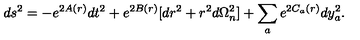
d s ^ { 2 } = - e ^ { 2 A ( r ) } d t ^ { 2 } + e ^ { 2 B ( r ) } [ d r ^ { 2 } + r ^ { 2 } d \Omega _ { n } ^ { 2 } ] + \sum _ { a } e ^ { 2 C _ { a } ( r ) } d y _ { a } ^ { 2 } .